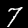
Digit: 7